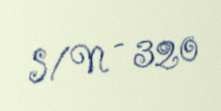
S/N - 320